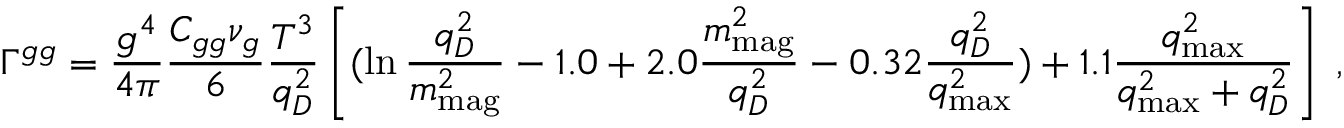
\Gamma ^ { g g } = \frac { g ^ { 4 } } { 4 \pi } \frac { C _ { g g } \nu _ { g } } { 6 } \frac { T ^ { 3 } } { q _ { D } ^ { 2 } } \left[ ( \ln \frac { q _ { D } ^ { 2 } } { m _ { \mathrm { m a g } } ^ { 2 } } - 1 . 0 + 2 . 0 \frac { m _ { \mathrm { m a g } } ^ { 2 } } { q _ { D } ^ { 2 } } - 0 . 3 2 \frac { q _ { D } ^ { 2 } } { q _ { \mathrm { m a x } } ^ { 2 } } ) + 1 . 1 \frac { q _ { \mathrm { m a x } } ^ { 2 } } { q _ { \mathrm { m a x } } ^ { 2 } + q _ { D } ^ { 2 } } \right] \; ,